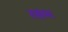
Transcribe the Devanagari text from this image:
रसभ